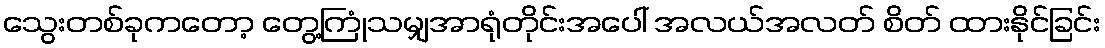
သွေးတစ်ခုကတော့ တွေ့ကြုံသမျှအာရုံတိုင်းအပေါ် အလယ်အလတ် စိတ် ထားနိုင်ခြင်း